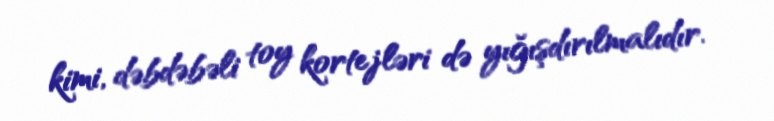
kimi, dəbdəbəli toy kortejləri də yığışdırılmalıdır.